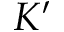
K ^ { \prime }